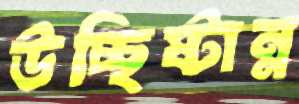
উচ্ছিষ্টান্ন